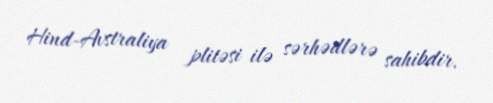
Hind-Avstraliya plitəsi ilə sərhədlərə sahibdir.